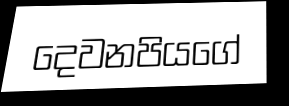
දෙවනපියගේ